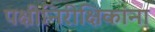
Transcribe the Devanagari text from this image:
पक्षीनिरीक्षिकांना